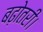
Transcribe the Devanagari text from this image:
बढ़ोतरी।